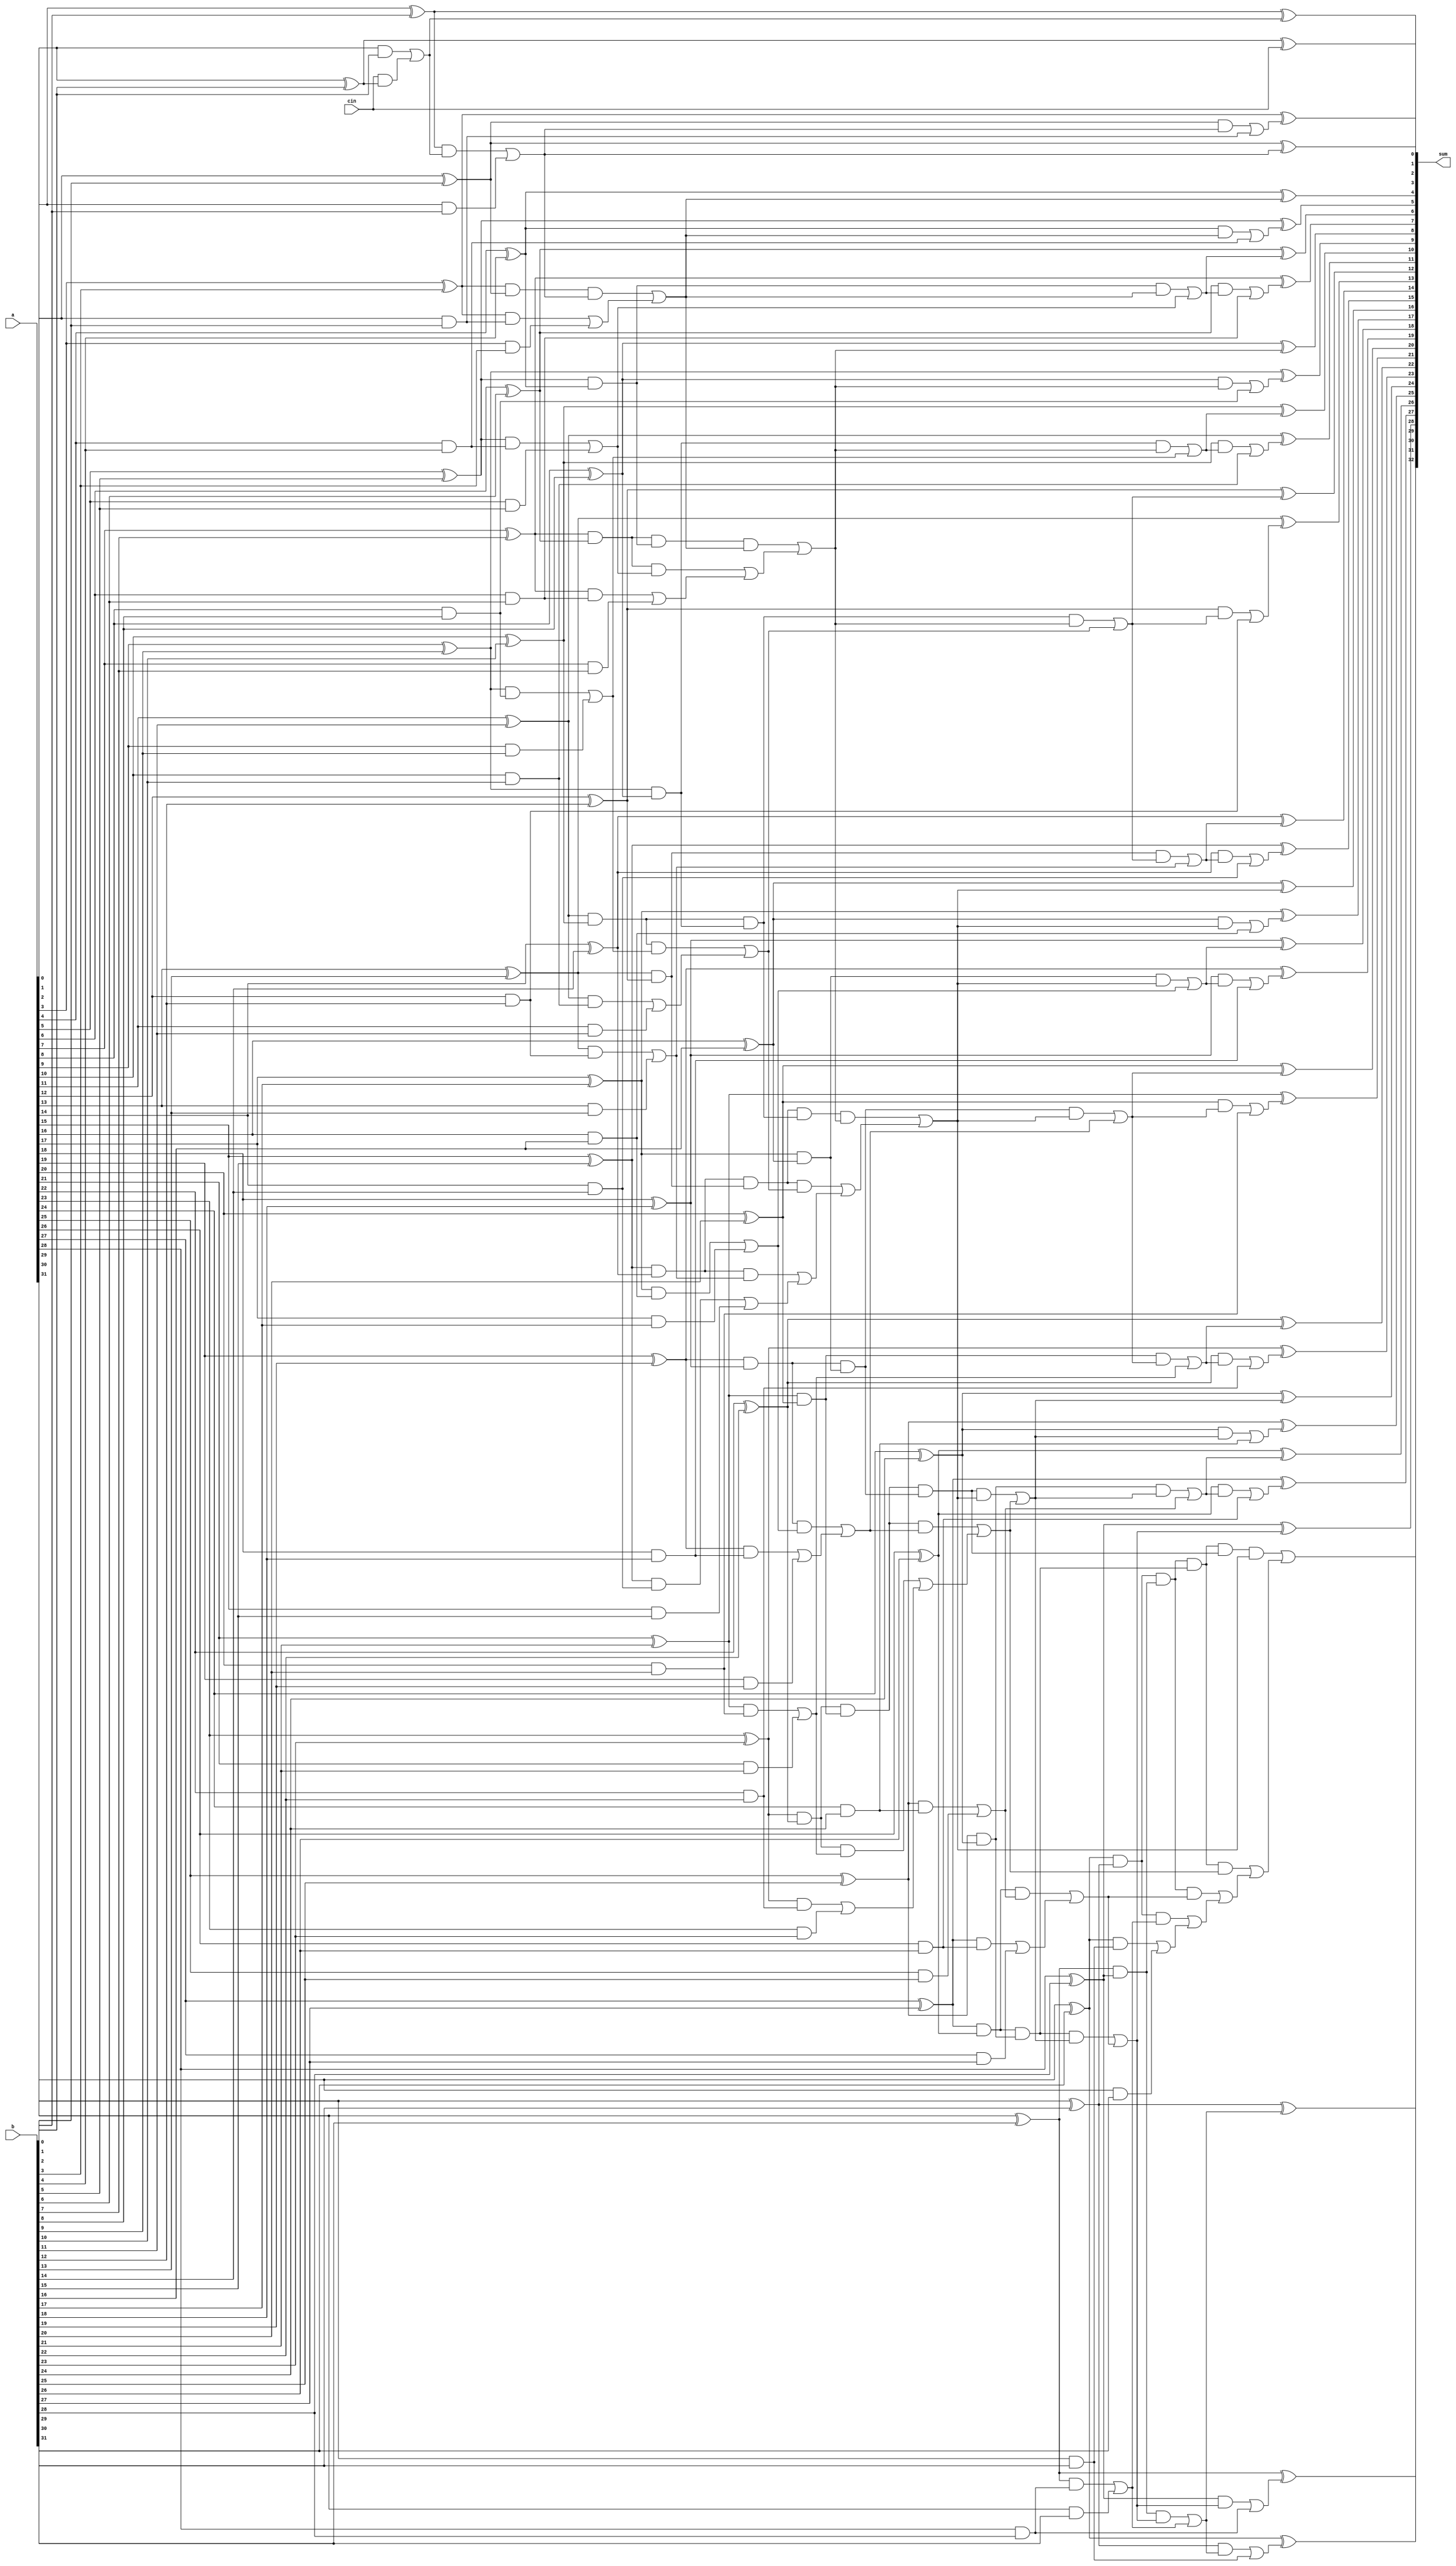
// Company           :   tud                      
//                    			
// Project Name      :   prz    
// Subproject Name   :   main    
// Description       :   32 bit Brent-Kung Adder implementation for the faster computation of addition.      
//
// Last Change       :   $Date: 2021-03-11 17:39:50 +0100 (Thu, 11 Mar 2021) $
// by                :   $Author: vepr19 $                  			
//------------------------------------------------------------
`timescale 1ns/10ps

module bk_adder #(parameter N=32)(
input [N-1:0] a,
input [N-1:0] b,
input cin,
output [N:0] sum
);


	
	//Stage one outputs
	wire [N-1:0] p;
	wire [N-1:0] g;
	wire [N-1:0] cp_one;
	wire [N-1:0] cg_one;


	//stage two outputs

	wire cg_tw_th;
	wire cp_tw_th;

	wire cg_tw_sv;
	wire cp_tw_sv;

	wire cg_tw_el;
	wire cp_tw_el;

	wire cg_tw_fi;
	wire cp_tw_fi;

	wire cg_tw_ni;
	wire cp_tw_ni;

	wire cg_tw_twth;
	wire cp_tw_twth;

	wire cg_tw_twsv;
	wire cp_tw_twsv;

	wire cg_tw_thon;
	wire cp_tw_thon;


	//stage three outputs

	wire cg_th_sv;
	wire cp_th_sv;

	wire cg_th_fif;
	wire cp_th_fif;

	wire cg_th_twth;
	wire cp_th_twth;

	wire cg_th_thon;
	wire cp_th_thon;

	//stage four outputs


	wire cg_fr_fif;
	wire cp_fr_fif;

	wire cg_fr_thon;
	wire cp_fr_thon;

	//stage five outputs

	wire cg_fi_thon;
	//wire cp_fi_thon;

	//stage six outputs
	wire cg_sx_twth;
	wire cp_sx_twth;

	//stage seven outputs
	wire cg_sv_el;
	wire cp_sv_el;
	wire cg_sv_nin;
	wire cp_sv_nin;
	wire cg_sv_twsv;
	wire cp_sv_twsv;

	//stage eight outputs
	wire cg_ei_fv;
	wire cp_ei_fv;
	wire cg_ei_ni;
	wire cp_ei_ni;
	wire cg_ei_thir;
	wire cp_ei_thir;
	wire cg_ei_svtn;
	wire cp_ei_svtn;
	wire cg_ei_twon;
	wire cp_ei_twon;
	wire cg_ei_twfv;
	wire cp_ei_twfv;
	wire cg_ei_twni;
	wire cp_ei_twni;

	//stage nine outputs
	wire cg_ni_tw;
	//wire cp_ni_tw;

	wire cg_ni_fr;
	//wire cp_ni_fr;

	wire cg_ni_sx;
	//wire cp_ni_sx;

	wire cg_ni_ei;
	//wire cp_ni_ei;

	wire cg_ni_tn;
	//wire cp_ni_tn;

	wire cg_ni_twel;
	//wire cp_ni_twel;

	wire cg_ni_frtn;
	//wire cp_ni_frtn;

	wire cg_ni_eitn;
	//wire cp_ni_eitn;

	wire cg_ni_twty;
	//wire cp_ni_twty;

	wire cg_ni_twtw;
	//wire cp_ni_twtw;

	wire cg_ni_twfr;
	//wire cp_ni_twfr;

	wire cg_ni_twsx;
	//wire cp_ni_twsx;

	wire cg_ni_twei;
	//wire cp_ni_twei;

	wire cg_ni_th;
	//wire cp_ni_th;

	wire cg_ni_sxtn;
	//wire cp_ni_sxtn;


	// start first stage
	assign p[0] = a[0] ^ b[0] ^ cin; //^ cin;//first level zero bit start
	assign g[0] = a[0] & b[0] | (cin & ( a[0] ^ b[0])); //| (cin & ( a[0] ^ b[0]));
	assign cp_one[0] = p[0];
	assign cg_one[0] = g[0]; //first level zero bit complete

	assign p[1] = a[1] ^ b[1]; //first level first bit start
	assign g[1] = a[1] & b[1];
	assign cg_one[1] = (p[1] & g[0])| g[1];
	assign cp_one[1] = p[1] & p[0]; // first level first bit complete

	assign p[2] = a[2] ^ b[2]; //first level 2nd bit start
	assign g[2] = a[2] & b[2];
	assign cp_one[2] = p[2];
	assign cg_one[2] = g[2]; // first level 2nd bit complete

	assign p[3] = a[3] ^ b[3]; //first level 3rd bit start
	assign g[3] = a[3] & b[3];
	assign cg_one[3] = (p[3] & g[2]) | g[3];
	assign cp_one[3] = p[3] & p[2]; //first level 3rd bit complete

	assign p[4] = a[4] ^ b[4]; //first level 3rd bit start
	assign g[4] = a[4] & b[4];
	assign cg_one[4] = g[4];
	assign cp_one[4] = p[4]; //first level 3rd bit complete

	assign p[5] = a[5] ^ b[5]; //first level 3rd bit start
	assign g[5] = a[5] & b[5];
	assign cg_one[5] = (p[5] & g[4]) | g[5];
	assign cp_one[5] = p[5] & p[4]; //first level 3rd bit complete

	assign p[6] = a[6] ^ b[6]; //first level 3rd bit start
	assign g[6] = a[6] & b[6];
	assign cg_one[6] = g[6];
	assign cp_one[6] = p[6]; //first level 3rd bit complete

	assign p[7] = a[7] ^ b[7];
	assign g[7] = a[7] & b[7];
	assign cg_one[7] = (p[7] & g[6]) | g[7];
	assign cp_one[7] = p[7] & p[6];

	assign p[8] = a[8] ^ b[8];
	assign g[8] = a[8] & b[8];
	assign cg_one[8] = g[8];
	assign cp_one[8] = p[8];

	assign p[9] = a[9] ^ b[9];
	assign g[9] = a[9] & b[9];
	assign cg_one[9] = (p[9] & g[8]) | g[9];
	assign cp_one[9] = p[9] & p[8];

	assign p[10] = a[10] ^ b[10];
	assign g[10] = a[10] & b[10];
	assign cg_one[10] = g[10];
	assign cp_one[10] = p[10];

	assign p[11] = a[11] ^ b[11];
	assign g[11] = a[11] & b[11];
	assign cg_one[11] = (p[11] & g[10]) | g[11];
	assign cp_one[11] = p[11] & p[10];

	assign p[12] = a[12] ^ b[12];
	assign g[12] = a[12] & b[12];
	assign cg_one[12] = g[12];
	assign cp_one[12] = p[12];

	assign p[13] = a[13] ^ b[13];
	assign g[13] = a[13] & b[13];
	assign cg_one[13] = (p[13] & g[12]) | g[13];
	assign cp_one[13] = p[13] & p[12];

	assign p[14] = a[14] ^ b[14];
	assign g[14] = a[14] & b[14];
	assign cg_one[14] = g[14];
	assign cp_one[14] = p[14];

	assign p[15] = a[15] ^ b[15];
	assign g[15] = a[15] & b[15];
	assign cg_one[15] = (p[15] & g[14]) | g[15];
	assign cp_one[15] = p[15] & p[14];

	assign p[16] = a[16] ^ b[16];//first level zero bit start
	assign g[16] = a[16] & b[16];
	assign cp_one[16] = p[16];
	assign cg_one[16] = g[16]; //first level zero bit complete

	assign p[17] = a[17] ^ b[17]; //first level first bit start
	assign g[17] = a[17] & b[17];
	assign cg_one[17] = (p[17] & g[16])| g[17];
	assign cp_one[17] = p[17] & p[16]; // first level first bit complete



	assign p[18] = a[18] ^ b[18];//first level zero bit start
	assign g[18] = a[18] & b[18];
	assign cp_one[18] = p[18];
	assign cg_one[18] = g[18]; //first level zero bit complete

	assign p[19] = a[19] ^ b[19]; //first level first bit start
	assign g[19] = a[19] & b[19];
	assign cg_one[19] = (p[19] & g[18])| g[19];
	assign cp_one[19] = p[19] & p[18]; // first level first bit complete


	assign p[20] = a[20] ^ b[20]; //first level 3rd bit start
	assign g[20] = a[20] & b[20];
	assign cg_one[20] = g[20];
	assign cp_one[20] = p[20]; //first level 3rd bit complete

	assign p[21] = a[21] ^ b[21]; //first level 3rd bit start
	assign g[21] = a[21] & b[21];
	assign cg_one[21] = (p[21] & g[20]) | g[21];
	assign cp_one[21] = p[21] & p[20]; //first level 3rd bit complete

	assign p[22] = a[22] ^ b[22]; //first level 3rd bit start
	assign g[22] = a[22] & b[22];
	assign cg_one[22] = g[22];
	assign cp_one[22] = p[22]; //first level 3rd bit complete

	assign p[23] = a[23] ^ b[23];
	assign g[23] = a[23] & b[23];
	assign cg_one[23] = (p[23] & g[22]) | g[23];
	assign cp_one[23] = p[23] & p[22];

	assign p[24] = a[24] ^ b[24];
	assign g[24] = a[24] & b[24];
	assign cg_one[24] = g[24];
	assign cp_one[24] = p[24];

	assign p[25] = a[25] ^ b[25];
	assign g[25] = a[25] & b[25];
	assign cg_one[25] = (p[25] & g[24]) | g[25];
	assign cp_one[25] = p[25] & p[24];

	assign p[26] = a[26] ^ b[26];
	assign g[26] = a[26] & b[26];
	assign cg_one[26] = g[26];
	assign cp_one[26] = p[26];

	assign p[27] = a[27] ^ b[27];
	assign g[27] = a[27] & b[27];
	assign cg_one[27] = (p[27] & g[26]) | g[27];
	assign cp_one[27] = p[27] & p[26];

	assign p[28] = a[28] ^ b[28];
	assign g[28] = a[28] & b[28];
	assign cg_one[28] = g[28];
	assign cp_one[28] = p[28];

	assign p[29] = a[29] ^ b[29];
	assign g[29] = a[29] & b[29];
	assign cg_one[29] = (p[29] & g[28]) | g[29];
	assign cp_one[29] = p[29] & p[28];

	assign p[30] = a[30] ^ b[30];
	assign g[30] = a[30] & b[30];
	assign cg_one[30] = g[30];
	assign cp_one[30] = p[30];

	assign p[31] = a[31] ^ b[31];
	assign g[31] = a[31] & b[31];
	assign cg_one[31] = (p[31] & g[30]) | g[31];
	assign cp_one[31] = p[31] & p[30];




	//Stage two
	assign cg_tw_th=(cp_one[3] & cg_one[1]) | cg_one[3];
	assign cp_tw_th= cp_one[3] & cp_one[1];

	assign cg_tw_sv=(cp_one[7] & cg_one[5]) | cg_one[7];
	assign cp_tw_sv=cp_one[7] & cp_one[5];

	assign cg_tw_el=(cp_one[11] & cg_one[9]) | cg_one[11];
	assign cp_tw_el=cp_one[11] & cp_one[9];

	assign cg_tw_fi=(cp_one[15] & cg_one[13]) | cg_one[15];
	assign cp_tw_fi=cp_one[15] & cp_one[13];

	assign cg_tw_ni=(cp_one[19] & cg_one[17]) | cg_one[19];
	assign cp_tw_ni=cp_one[19] & cp_one[17];

	assign cg_tw_twth=(cp_one[23] & cg_one[21]) | cg_one[23];
	assign cp_tw_twth=cp_one[23] & cp_one[21];

	assign cg_tw_twsv=(cp_one[27] & cg_one[25]) | cg_one[27];
	assign cp_tw_twsv=cp_one[27] & cp_one[25];

	assign cg_tw_thon=(cp_one[31] & cg_one[29]) | cg_one[31];
	assign cp_tw_thon=cp_one[31] & cp_one[29];



	//stage three

	assign cg_th_sv= (cp_tw_sv & cg_tw_th) |cg_tw_sv ;
	assign cp_th_sv= cp_tw_sv & cp_tw_th;

	assign cg_th_fif=(cp_tw_fi & cg_tw_el) |cg_tw_fi ;
	assign cp_th_fif=cp_tw_fi & cp_tw_el;

	assign cg_th_twth=(cp_tw_twth & cg_tw_ni) |cg_tw_twth ;
	assign cp_th_twth=cp_tw_twth & cp_tw_ni;

	assign cg_th_thon=(cp_tw_thon & cg_tw_twsv) |cg_tw_thon ;
	assign cp_th_thon=cp_tw_thon & cp_tw_twsv;



	//stage four



	assign cg_fr_fif=(cp_th_fif & cg_th_sv) | cg_th_fif;
	assign cp_fr_fif=cp_th_fif & cp_th_sv;

	assign cg_fr_thon=(cp_th_thon & cg_th_twth) | cg_th_thon;
	assign cp_fr_thon=cp_th_thon & cp_th_twth;




	//stage five

	assign cg_fi_thon=(cp_fr_thon & cg_fr_fif) | cg_fr_thon;
	//assign cp_fi_thon= cp_fr_thon & cp_fr_fif;


	//stage six

	assign cg_sx_twth=(cp_th_twth & cg_fr_fif) | cg_th_twth;
	assign cp_sx_twth= cp_th_twth & cp_fr_fif;

	//stage 7

	assign cg_sv_el=(cp_tw_el & cg_th_sv) | cg_tw_el;
	assign cp_sv_el= cp_tw_el & cp_th_sv;

	assign cg_sv_nin=(cp_tw_ni & cg_fr_fif) | cg_tw_ni;
	assign cp_sv_nin= cp_tw_ni & cp_fr_fif;

	assign cg_sv_twsv=(cp_tw_twsv & cg_sx_twth) | cg_tw_twsv;
	assign cp_sv_twsv= cp_tw_twsv & cp_sx_twth;


	//stage 8


	assign cg_ei_fv=(cp_one[5] & cg_tw_th) | cg_one[5];
	assign cp_ei_fv= cp_one[5] & cp_tw_th;

	assign cg_ei_ni=(cp_one[9] & cg_th_sv) | cg_one[9];
	assign cp_ei_ni= cp_one[9] & cp_th_sv;

	assign cg_ei_thir=(cp_one[13] & cg_sv_el) | cg_one[13];
	assign cp_ei_thir= cp_one[13] & cp_sv_el;

	assign cg_ei_svtn=(cp_one[17] & cg_fr_fif) | cg_one[17];
	assign cp_ei_svtn= cp_one[17] & cp_fr_fif;

	assign cg_ei_twon=(cp_one[21] & cg_sv_nin) | cg_one[21];
	assign cp_ei_twon= cp_one[21] & cp_sv_nin;

	assign cg_ei_twfv=(cp_one[25] & cg_sx_twth) | cg_one[25];
	assign cp_ei_twfv= cp_one[25] & cp_sx_twth;

	assign cg_ei_twni=(cp_one[29] & cg_sv_twsv) | cg_one[29];
	assign cp_ei_twni= cp_one[29] & cp_sv_twsv;



	//stage nine outputs


	assign cg_ni_tw= ( cp_one[2] & cg_one[1])|cg_one[2] ;
	//assign cp_ni_tw=  cp_one[2] & cp_one[1];

	assign cg_ni_fr= ( cp_one[4] & cg_tw_th)|cg_one[4] ;
	//assign cp_ni_fr= cp_one[4] & cp_tw_th;

	assign cg_ni_sx= ( cp_one[6] & cg_ei_fv)|cg_one[6] ;
	//assign cp_ni_sx=  cp_one[6] & cp_ei_fv ;

	assign cg_ni_ei= ( cp_one[8] & cg_th_sv)|cg_one[8] ;
	//assign cp_ni_ei=  cp_one[8] & cp_th_sv;


	assign cg_ni_tn= ( cp_one[10] & cg_ei_ni)|cg_one[10] ;
	//assign cp_ni_tn= cp_one[10] & cp_ei_ni;

	assign cg_ni_twel= ( cp_one[12] & cg_sv_el)|cg_one[12] ;
	//assign cp_ni_twel= cp_one[12] & cp_sv_el;

	assign cg_ni_frtn= ( cp_one[14] & cg_ei_thir)|cg_one[14] ;
	//assign cp_ni_frtn=  cp_one[14] & cp_ei_thir;

	assign cg_ni_sxtn= ( cp_one[16] & cg_fr_fif)|cg_one[16] ;
	//assign cp_ni_sxtn= cp_one[16] & cp_fr_fif;


	assign cg_ni_eitn= ( cp_one[18] & cg_ei_svtn)|cg_one[18] ;
	//assign cp_ni_eitn= cp_one[18] & cp_ei_svtn;

	assign cg_ni_twty= ( cp_one[20] & cg_sv_nin)|cg_one[20] ;
	//assign cp_ni_twty= cp_one[20] & cp_sv_nin;

	assign cg_ni_twtw= ( cp_one[22] & cg_ei_twon)|cg_one[22] ;
	//assign cp_ni_twtw= cp_one[22] & cp_ei_twon;

	assign cg_ni_twfr= ( cp_one[24] & cg_sx_twth)|cg_one[24] ;
	//assign cp_ni_twfr= cp_one[24] & cp_sx_twth;

	assign cg_ni_twsx= ( cp_one[26] & cg_ei_twfv)|cg_one[26] ;
	//assign cp_ni_twsx= cp_one[26] & cp_ei_twfv;

	assign cg_ni_twei= ( cp_one[28] & cg_sv_twsv)|cg_one[28] ;
	//assign cp_ni_twei= cp_one[28] & cp_sv_twsv;

	assign cg_ni_th= ( cp_one[30] & cg_ei_twni)|cg_one[30] ;
	//assign cp_ni_th= cp_one[30] & cp_ei_twni;



	//Sum

	assign sum[0] = p[0];
	assign sum[1] = p[1] ^ cg_one[0];
	assign sum[2] = p[2] ^ cg_one[1];
	assign sum[3] = p[3] ^ cg_ni_tw;

	assign sum[4] = p[4] ^ cg_tw_th;
	assign sum[5] = p[5] ^ cg_ni_fr;
	assign sum[6] = p[6] ^ cg_ei_fv;
	assign sum[7] = p[7] ^ cg_ni_sx;


	assign sum[8] = p[8] ^ cg_th_sv;
	assign sum[9] = p[9] ^ cg_ni_ei;
	assign sum[10] = p[10] ^ cg_ei_ni;
	assign sum[11] = p[11] ^ cg_ni_tn;

	assign sum[12] = p[12] ^ cg_sv_el;
	assign sum[13] = p[13] ^ cg_ni_twel;
	assign sum[14] = p[14] ^ cg_ei_thir;
	assign sum[15] = p[15] ^ cg_ni_frtn;

	assign sum[16] = p[16] ^ cg_fr_fif;
	assign sum[17] = p[17] ^ cg_ni_sxtn;
	assign sum[18] = p[18] ^ cg_ei_svtn;
	assign sum[19] = p[19] ^ cg_ni_eitn;


	assign sum[20] = p[20] ^ cg_sv_nin;
	assign sum[21] = p[21] ^ cg_ni_twty;
	assign sum[22] = p[22] ^ cg_ei_twon;
	assign sum[23] = p[23] ^ cg_ni_twtw;
	assign sum[24] = p[24] ^ cg_sx_twth;
	assign sum[25] = p[25] ^ cg_ni_twfr;
	assign sum[26] = p[26] ^ cg_ei_twfv;
	assign sum[27] = p[27] ^ cg_ni_twsx;
	assign sum[28] = p[28] ^ cg_sv_twsv;
	assign sum[29] = p[29] ^ cg_ni_twei;
	assign sum[30] = p[30] ^ cg_ei_twni;
	assign sum[31] = p[31] ^ cg_ni_th;

	assign sum[32] = cg_fi_thon;

endmodule